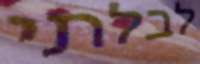
לבלתי